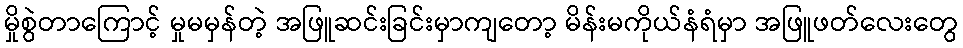
မှိုစွဲတာကြောင့် မှုမမှန်တဲ့ အဖြူဆင်းခြင်းမှာကျတော့ မိန်းမကိုယ်နံရံမှာ အဖြူဖတ်လေးတွေ